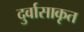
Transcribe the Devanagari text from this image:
दुर्वासाकृत